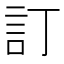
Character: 訂